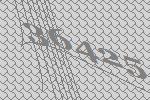
36425